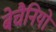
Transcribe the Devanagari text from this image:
बेचैनियों